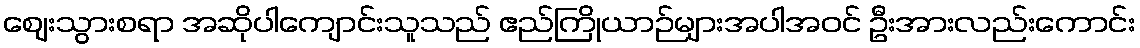
ဈေးသွားစရာ အဆိုပါကျောင်းသူသည် ဧည်ကြိုယာဉ်များအပါအဝင် ဦးအားလည်းကောင်း